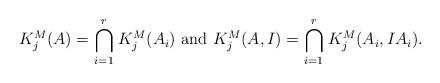
LaTeX: \begin{align*} K^M_j(A) = \ \stackrel{r}{\underset{i =1}\bigcap} K^M_j(A_i) \ \mbox{and} \ K^M_j(A,I) = \ \stackrel{r}{\underset{i =1}\bigcap} K^M_j(A_i, IA_i). \end{align*}